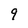
Character: 9